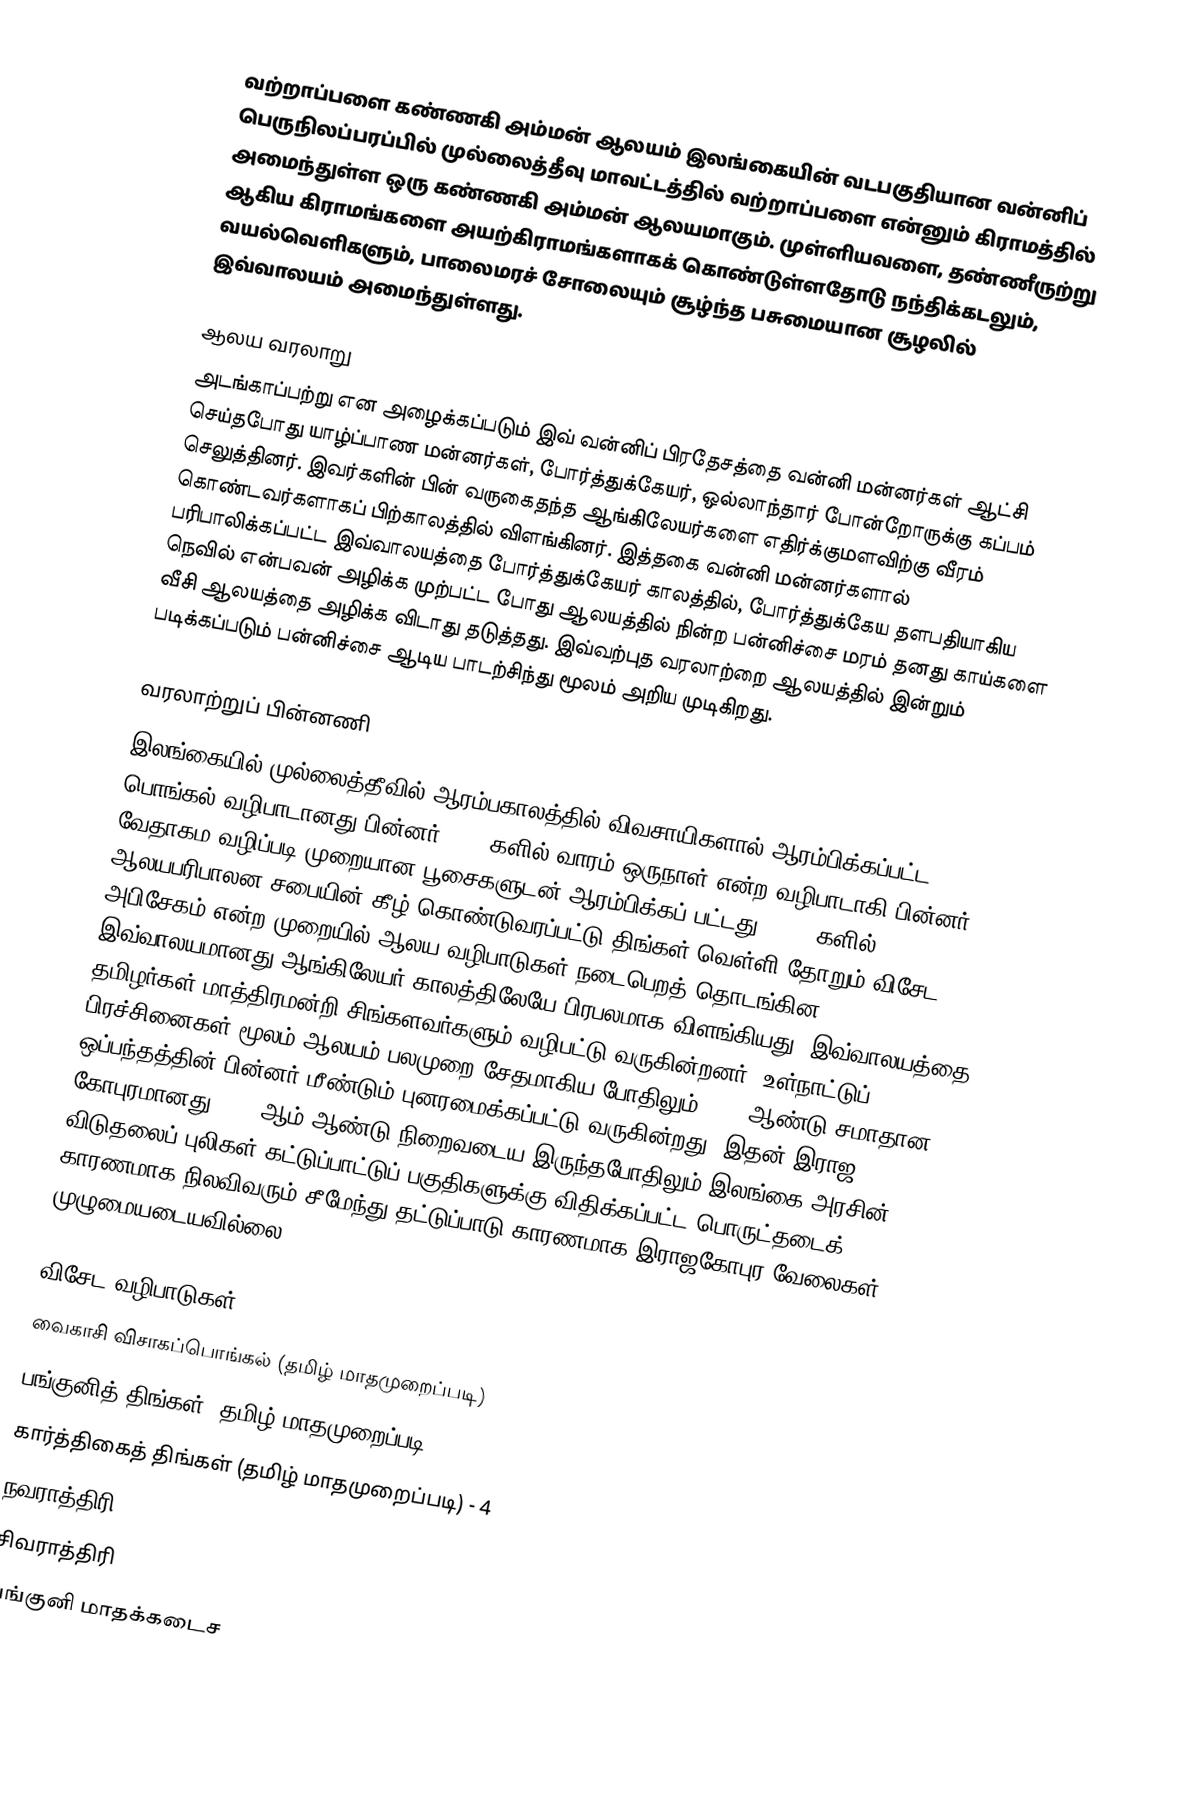
வற்றாப்பளை கண்ணகி அம்மன் ஆலயம் இலங்கையின் வடபகுதியான வன்னிப் பெருநிலப்பரப்பில் முல்லைத்தீவு மாவட்டத்தில் வற்றாப்பளை என்னும் கிராமத்தில் அமைந்துள்ள ஒரு கண்ணகி அம்மன் ஆலயமாகும். முள்ளியவளை, தண்ணீருற்று ஆகிய கிராமங்களை அயற்கிராமங்களாகக் கொண்டுள்ளதோடு நந்திக்கடலும், வயல்வெளிகளும், பாலைமரச் சோலையும் சூழ்ந்த பசுமையான சூழலில் இவ்வாலயம் அமைந்துள்ளது.

ஆலய வரலாறு
அடங்காப்பற்று என அழைக்கப்படும் இவ் வன்னிப் பிரதேசத்தை வன்னி மன்னர்கள் ஆட்சி செய்தபோது யாழ்ப்பாண மன்னர்கள், போர்த்துக்கேயர், ஒல்லாந்தார் போன்றோருக்கு கப்பம் செலுத்தினர். இவர்களின் பின் வருகைதந்த ஆங்கிலேயர்களை எதிர்க்குமளவிற்கு வீரம் கொண்டவர்களாகப் பிற்காலத்தில் விளங்கினர். இத்தகை வன்னி மன்னர்களால் பரிபாலிக்கப்பட்ட இவ்வாலயத்தை போர்த்துக்கேயர் காலத்தில், போர்த்துக்கேய தளபதியாகிய நெவில் என்பவன் அழிக்க முற்பட்ட போது ஆலயத்தில் நின்ற பன்னிச்சை மரம் தனது காய்களை வீசி ஆலயத்தை அழிக்க விடாது தடுத்தது. இவ்வற்புத வரலாற்றை ஆலயத்தில் இன்றும் படிக்கப்படும் பன்னிச்சை ஆடிய பாடற்சிந்து மூலம் அறிய முடிகிறது.

வரலாற்றுப் பின்னணி
இலங்கையில் முல்லைத்தீவில் ஆரம்பகாலத்தில் விவசாயிகளால் ஆரம்பிக்கப்பட்ட பொங்கல் வழிபாடானது பின்னர் 1950 களில் வாரம் ஒருநாள் என்ற வழிபாடாகி பின்னர் வேதாகம வழிப்படி முறையான பூசைகளுடன் ஆரம்பிக்கப் பட்டது. 1958 களில் ஆலயபரிபாலன சபையின் கீழ் கொண்டுவரப்பட்டு திங்கள் வெள்ளி தோறும் விசேட அபிசேகம் என்ற முறையில் ஆலய வழிபாடுகள் நடைபெறத் தொடங்கின. இவ்வாலயமானது ஆங்கிலேயர் காலத்திலேயே பிரபலமாக விளங்கியது. இவ்வாலயத்தை தமிழர்கள் மாத்திரமன்றி சிங்களவர்களும் வழிபட்டு வருகின்றனர். உள்நாட்டுப் பிரச்சினைகள் மூலம் ஆலயம் பலமுறை சேதமாகிய போதிலும் 2002 ஆண்டு சமாதான ஒப்பந்தத்தின் பின்னர் மீண்டும் புனரமைக்கப்பட்டு வருகின்றது. இதன் இராஜ கோபுரமானது 2006 ஆம் ஆண்டு நிறைவடைய இருந்தபோதிலும் இலங்கை அரசின் விடுதலைப் புலிகள் கட்டுப்பாட்டுப் பகுதிகளுக்கு விதிக்கப்பட்ட பொருட்தடைக் காரணமாக நிலவிவரும் சீமேந்து தட்டுப்பாடு காரணமாக இராஜகோபுர வேலைகள் முழுமையடையவில்லை.

விசேட வழிபாடுகள்
வைகாசி விசாகப்பொங்கல் (தமிழ் மாதமுறைப்படி)
பங்குனித் திங்கள் (தமிழ் மாதமுறைப்படி) - 4
கார்த்திகைத் திங்கள் (தமிழ் மாதமுறைப்படி) - 4
நவராத்திரி
சிவராத்திரி
பங்குனி மாதக்கடைச